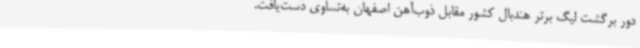
دور برگشت لیگ برتر هندبال کشور مقابل ذوب‌آهن اصفهان به‌تساوی دست‌یافت.